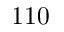
1 1 0